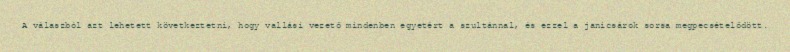
A válaszból azt lehetett következtetni, hogy vallási vezető mindenben egyetért a szultánnal, és ezzel a janicsárok sorsa megpecsételődött.